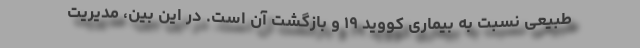
طبیعی نسبت به بیماری کووید ۱۹ و بازگشت آن است. در این بین، مدیریت